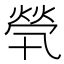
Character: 煢